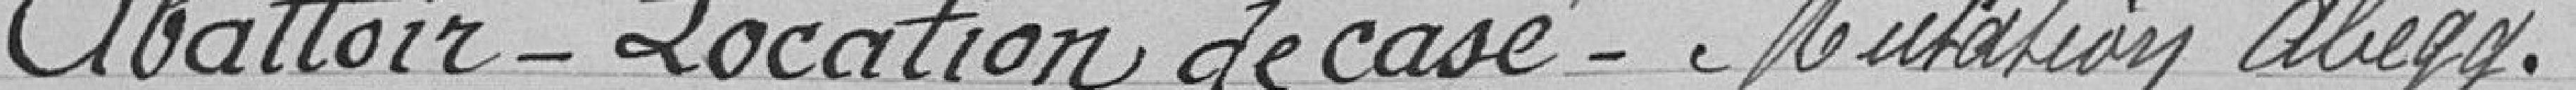
Abattoir - Location de case - Mutation abegg